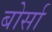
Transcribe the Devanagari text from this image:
बोर्सा